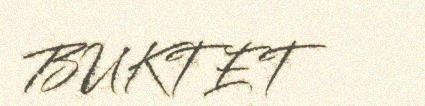
BUKTET